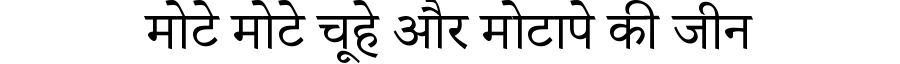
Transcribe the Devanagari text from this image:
मोटे मोटे चूहे और मोटापे की जीन